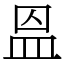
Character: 𥁕